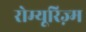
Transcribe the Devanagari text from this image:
रोम्यूरिज़्म